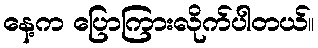
နေ့က ပြောကြားလိုက်ပါတယ်။